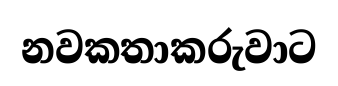
නවකතාකරුවාට